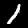
Label: 1